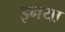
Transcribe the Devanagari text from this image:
इनया